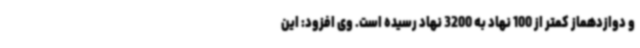
و دوازدهماز کمتر از 100 نهاد به 3200 نهاد رسیده است. وی افزود: این